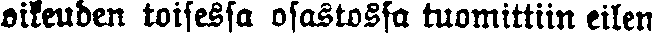
oikeuden toisessa osastossa tuomittiin eilen